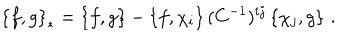
\left\{ f , g \right\} _ { * } = \left\{ f , g \right\} - \left\{ f , \chi _ { i } \right\} ( C ^ { - 1 } ) ^ { i j } \left\{ \chi _ { j } , g \right\} \, .